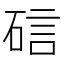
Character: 䂴